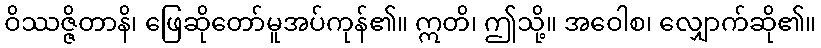
ဝိဿဇ္ဇိတာနိ၊ ဖြေဆိုတော်မူအပ်ကုန်၏။ ဣတိ၊ ဤသို့။ အဝေါစ၊ လျှောက်ဆို၏။